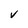
Character: V